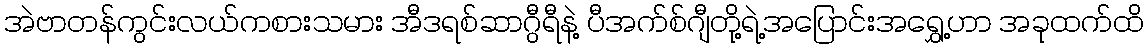
အဲဗာတန်ကွင်းလယ်ကစားသမား အီဒရစ်ဆာဂွီရီနဲ့ ပီအက်စ်ဂျီတို့ရဲ့အပြောင်းအရွှေ့ဟာ အခုထက်ထိ